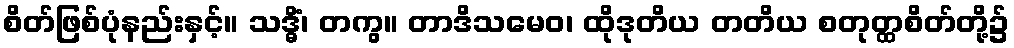
စိတ်ဖြစ်ပုံနည်းနှင့်။ သဒ္ဓိံ၊ တကွ။ တာဒိသမေဝ၊ ထိုဒုတိယ တတိယ စတုတ္ထစိတ်တို့၌